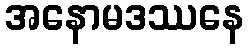
အနောမဒဿနေ